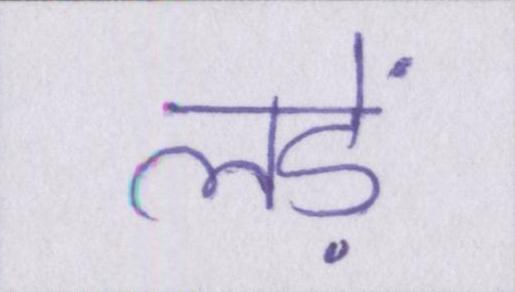
लड़ें